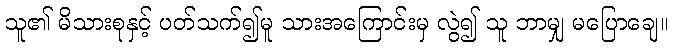
သူ၏ မိသားစုနှင့် ပတ်သက်၍မူ သားအကြောင်းမှ လွဲ၍ သူ ဘာမျှ မပြောချေ။